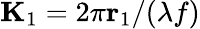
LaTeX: \mathbf{K}_{1}=2\pi\mathbf{r}_{1}/(\lambda f)